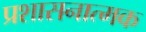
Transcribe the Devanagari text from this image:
प्रशासनात्मक